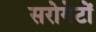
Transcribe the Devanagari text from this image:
सरोगेटों